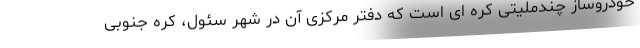
خودروساز چندملیتی کره ای است که دفتر مرکزی آن در شهر سئول، کره جنوبی